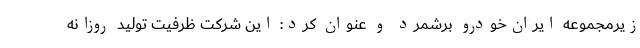
زیرمجموعه ایران‌خودرو برشمرد و عنوان کرد: این شرکت ظرفیت تولید روزانه